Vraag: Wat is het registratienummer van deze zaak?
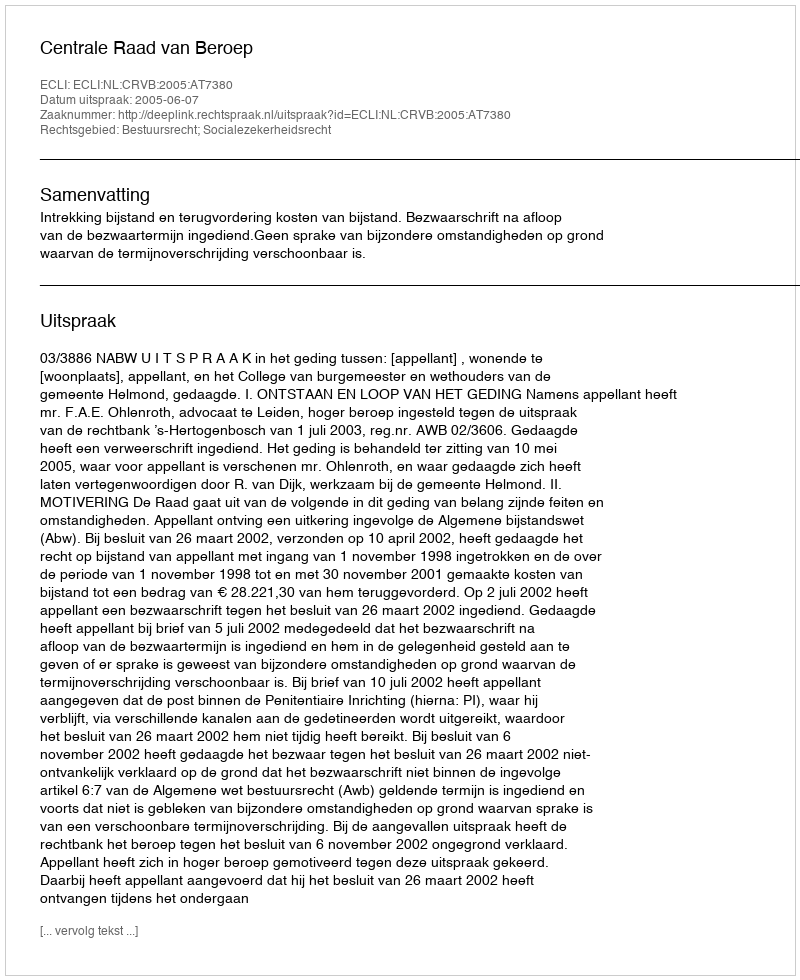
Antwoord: http://deeplink.rechtspraak.nl/uitspraak?id=ECLI:NL:CRVB:2005:AT7380